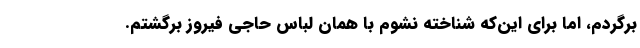
برگردم، اما برای این‌که شناخته نشوم با همان لباس حاجی فیروز برگشتم.